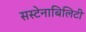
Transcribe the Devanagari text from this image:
सस्टेनाबिलिटी